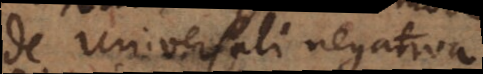
de universali negativa